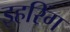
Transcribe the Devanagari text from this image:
इहरिंग